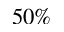
5 0 \%